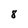
Character: 8